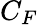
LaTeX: C_{F}